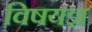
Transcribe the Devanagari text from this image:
विषयज्ञ